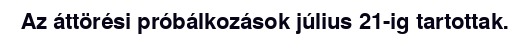
Az áttörési próbálkozások július 21-ig tartottak.